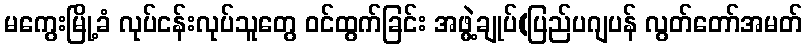
မကွေးမြို့ခံ လုပ်ငန်းလုပ်သူတွေ ဝင်ထွက်ခြင်း အဖွဲ့ချုပ်(ပြည်ပဂျပန် လွတ်တော်အမတ်